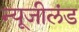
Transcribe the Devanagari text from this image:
न्यूजीलंड